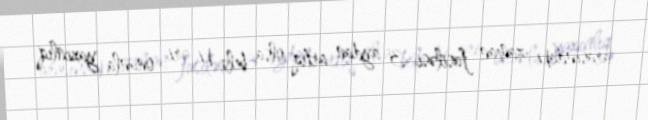
arasındakı zaman fasiləsi 3 aydan artıq olsa, belə ki, əri onunla yaxınlıq